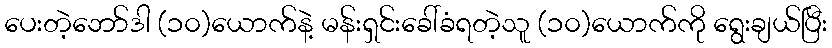
ပေးတဲ့ဘော်ဒါ (၁၀)ယောက်နဲ့ မန်းရှင်းခေါ်ခံရတဲ့သူ (၁၀)ယောက်ကို ရွေးချယ်ပြီး